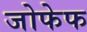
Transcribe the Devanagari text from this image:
जोफेफ